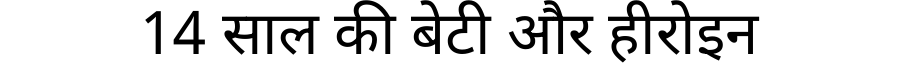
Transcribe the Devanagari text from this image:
14 साल की बेटी और हीरोइन